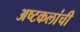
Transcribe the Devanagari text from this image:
अष्‍टकलांची